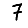
Digit: 7